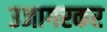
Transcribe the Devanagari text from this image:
उजागरकर